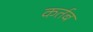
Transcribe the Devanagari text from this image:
कर्तब